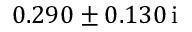
\hphantom { - } 0 . 2 9 0 \pm 0 . 1 3 0 \, \mathrm { i }